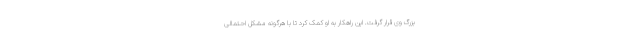
بزرگ وی قرار گرفت. این راهکار به او کمک کرد تا با هرگونه مشکل احتمالی